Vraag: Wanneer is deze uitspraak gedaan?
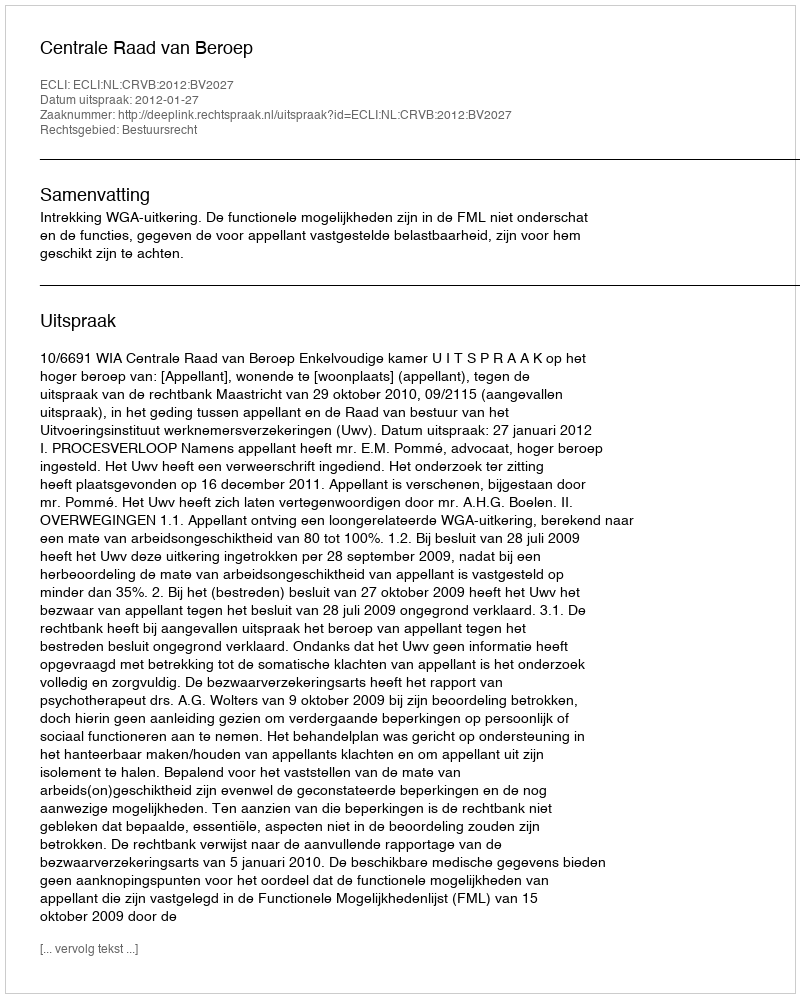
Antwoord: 2012-01-27